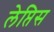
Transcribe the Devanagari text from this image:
लेप्तिस